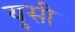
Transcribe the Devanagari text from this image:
युसी